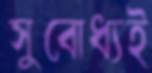
সুবোধ্যই